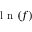
\mathrm { ~ l ~ n ~ } ( f )